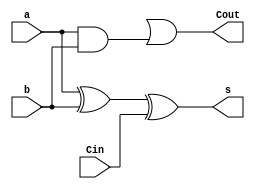
module somador(a,b,Cin,s,Cout);
	input a,b,Cin;
	output s, Cout;
	
	wire w1,w2,w3;
	
	xor(z1,a,b);
	xor(s,z1,Cin);
	and(z3,a,b);
	or(Cout,z2,z3);

endmodule